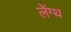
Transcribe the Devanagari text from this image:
लेंग्थ